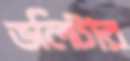
ভলিটার